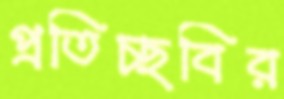
প্রতিচ্ছবির